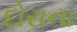
દોરાના